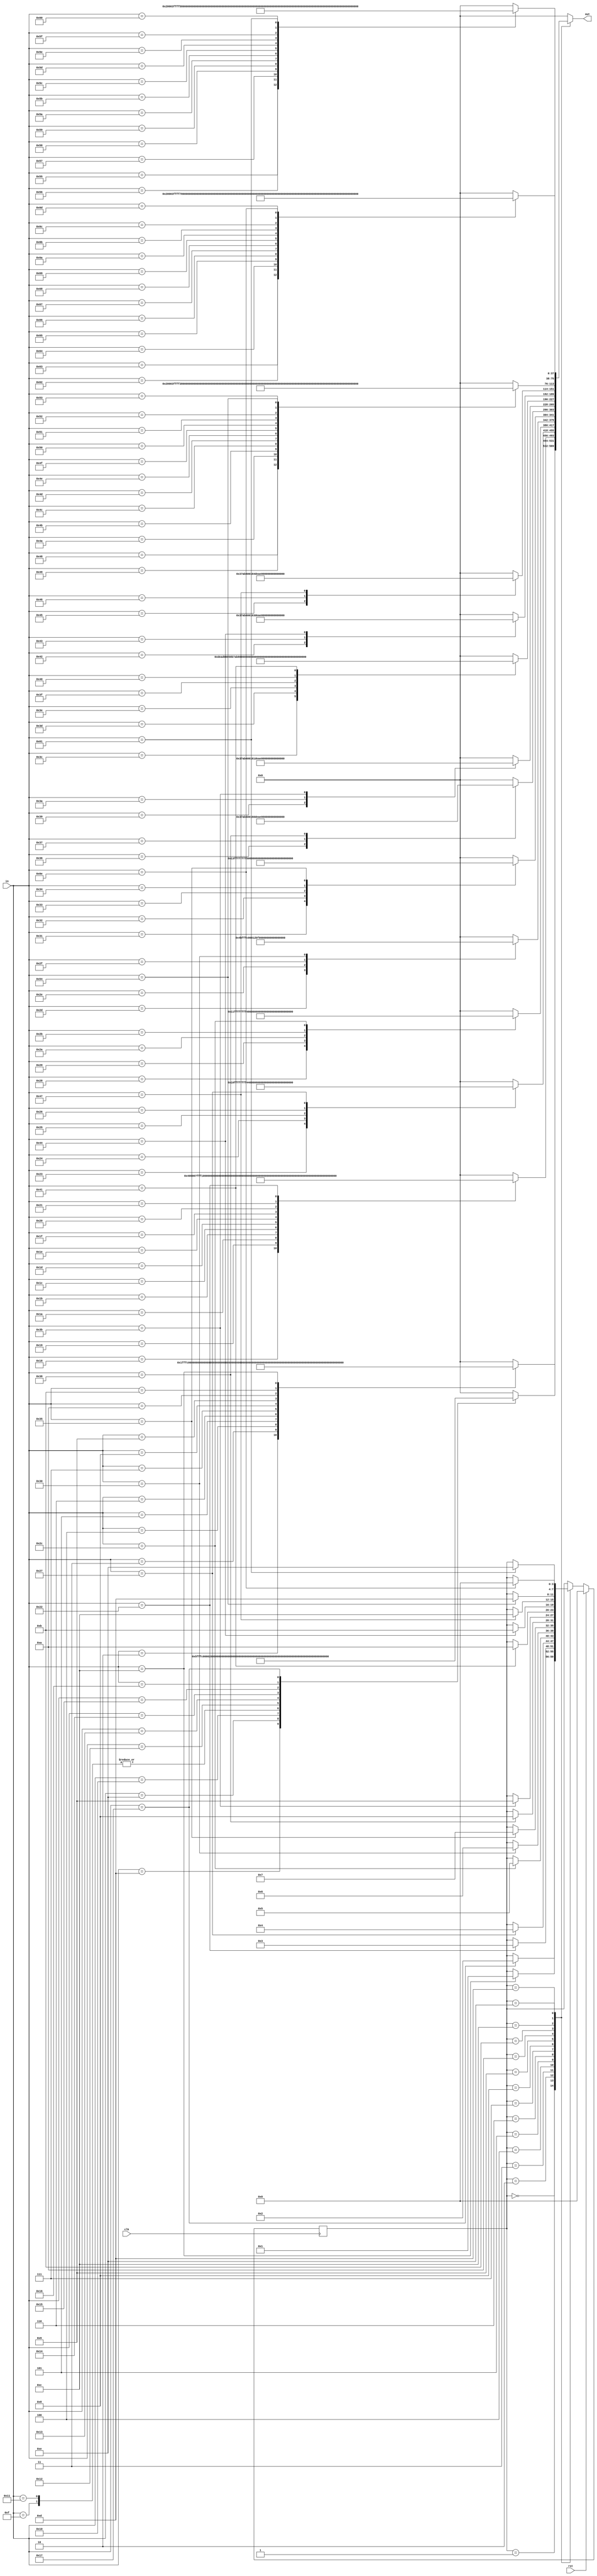
/*
   This file was generated automatically by Alchitry Labs version 1.2.7.
   Do not edit this file directly. Instead edit the original Lucid source.
   This is a temporary file and any changes made to it will be destroyed.
*/

/*
   Parameters:
     STATES = NUM_STATE_BITS
*/
module answer_fsm_6 (
    input clk,
    input rst,
    input [6:0] in,
    output reg [37:0] out
  );
  
  localparam STATES = 3'h7;
  
  
  localparam ADD_state = 4'd0;
  localparam SUB_state = 4'd1;
  localparam MULT_state = 4'd2;
  localparam XOR_state = 4'd3;
  localparam AND_state = 4'd4;
  localparam PASSTHROUGH_state = 4'd5;
  localparam OR_state = 4'd6;
  localparam SHL_state = 4'd7;
  localparam SHR_state = 4'd8;
  localparam SRA_state = 4'd9;
  localparam RTL_state = 4'd10;
  localparam RTR_state = 4'd11;
  localparam CMPEQ_state = 4'd12;
  localparam CMPLT_state = 4'd13;
  localparam CMPLE_state = 4'd14;
  
  reg [3:0] M_state_d, M_state_q = ADD_state;
  
  always @* begin
    M_state_d = M_state_q;
    
    
    case (M_state_q)
      ADD_state: begin
        
        case (in)
          1'h1: begin
            out = 38'h0000000000;
          end
          2'h2: begin
            out = 38'h1fffc00000;
          end
          2'h3: begin
            out = 38'h00001fffc0;
          end
          3'h4: begin
            out = 38'h3fffc00000;
          end
          3'h5: begin
            out = 38'h00003fffc0;
          end
          3'h6: begin
            out = 38'h048d0d1580;
          end
          3'h7: begin
            out = 38'h3e007e0800;
          end
          4'h8: begin
            out = 38'h3780002b40;
          end
          4'h9: begin
            out = 38'h003bef8000;
          end
          4'ha: begin
            out = 38'h3fffffffc0;
          end
          4'hb: begin
            out = 38'h1c001c0000;
          end
          4'hc: begin
            out = 38'h3fffc00040;
            M_state_d = SUB_state;
          end
          default: begin
            out = 38'h0000000000;
          end
        endcase
      end
      SUB_state: begin
        
        case (in)
          4'hd: begin
            out = 38'h0000000001;
          end
          4'he: begin
            out = 38'h1fffc00001;
          end
          4'hf: begin
            out = 38'h00001fffc1;
          end
          5'h10: begin
            out = 38'h3fffc00001;
          end
          5'h11: begin
            out = 38'h00001fffc1;
          end
          5'h12: begin
            out = 38'h1d95150c81;
          end
          5'h13: begin
            out = 38'h150c9d9501;
          end
          5'h14: begin
            out = 38'h3b72f72e81;
          end
          5'h15: begin
            out = 38'h372ebb72c1;
          end
          5'h16: begin
            out = 38'h1fffe00001;
          end
          5'h17: begin
            out = 38'h20001fffc1;
            M_state_d = MULT_state;
          end
          default: begin
            out = 38'h0000000000;
          end
        endcase
      end
      MULT_state: begin
        
        case (in)
          5'h18: begin
            out = 38'h0000000004;
          end
          5'h19: begin
            out = 38'h00001fffc4;
          end
          5'h1a: begin
            out = 38'h00003fffc4;
          end
          5'h1b: begin
            out = 38'h1fffc00004;
          end
          5'h1c: begin
            out = 38'h3fffc00004;
          end
          5'h1d: begin
            out = 38'h00014000c4;
          end
          5'h1e: begin
            out = 38'h00017fffc4;
          end
          5'h1f: begin
            out = 38'h3fff800104;
          end
          6'h20: begin
            out = 38'h3fffbfff44;
          end
          6'h21: begin
            out = 38'h1fffdc0004;
          end
          6'h22: begin
            out = 38'h200023ffc4;
            M_state_d = XOR_state;
          end
          default: begin
            out = 38'h0000000000;
          end
        endcase
      end
      XOR_state: begin
        
        case (in)
          6'h23: begin
            out = 38'h0000000010;
          end
          6'h24: begin
            out = 38'h3fffffffd0;
          end
          6'h25: begin
            out = 38'h3fffc00010;
          end
          6'h26: begin
            out = 38'h15556aaa90;
          end
          6'h27: begin
            out = 38'h3fffd55550;
            M_state_d = AND_state;
          end
          default: begin
            out = 38'h0000000000;
          end
        endcase
      end
      AND_state: begin
        
        case (in)
          6'h28: begin
            out = 38'h0000000011;
          end
          6'h29: begin
            out = 38'h3fffffffd1;
          end
          6'h2a: begin
            out = 38'h3fffc00011;
          end
          6'h2b: begin
            out = 38'h15556aaa91;
          end
          6'h2c: begin
            out = 38'h37ab403fd1;
            M_state_d = PASSTHROUGH_state;
          end
          default: begin
            out = 38'h0000000000;
          end
        endcase
      end
      PASSTHROUGH_state: begin
        
        case (in)
          6'h2d: begin
            out = 38'h0000000012;
          end
          6'h2e: begin
            out = 38'h3fffc00012;
          end
          6'h2f: begin
            out = 38'h2fbbc00012;
          end
          6'h30: begin
            out = 38'h048d2af352;
            M_state_d = OR_state;
          end
          default: begin
            out = 38'h0000000000;
          end
        endcase
      end
      OR_state: begin
        
        case (in)
          6'h31: begin
            out = 38'h0000000013;
          end
          6'h32: begin
            out = 38'h3fffffffd3;
          end
          6'h33: begin
            out = 38'h3fffc00013;
          end
          6'h34: begin
            out = 38'h15556aaa93;
          end
          6'h35: begin
            out = 38'h3780002b53;
            M_state_d = SHL_state;
          end
          default: begin
            out = 38'h0000000000;
          end
        endcase
      end
      SHL_state: begin
        
        case (in)
          6'h36: begin
            out = 38'h37ab400160;
          end
          6'h37: begin
            out = 38'h37ab400220;
          end
          6'h38: begin
            out = 38'h37ab4003e0;
            M_state_d = SHR_state;
          end
          default: begin
            out = 38'h0000000000;
          end
        endcase
      end
      SHR_state: begin
        
        case (in)
          6'h39: begin
            out = 38'h37ab400161;
          end
          6'h3a: begin
            out = 38'h37ab400221;
          end
          6'h3b: begin
            out = 38'h37ab4003e1;
            M_state_d = SRA_state;
          end
          default: begin
            out = 38'h0000000000;
          end
        endcase
      end
      SRA_state: begin
        
        case (in)
          6'h3c: begin
            out = 38'h37ab400162;
          end
          6'h3d: begin
            out = 38'h37ab400222;
          end
          6'h3e: begin
            out = 38'h37ab4003e2;
          end
          6'h3f: begin
            out = 38'h1f2ac00162;
          end
          7'h40: begin
            out = 38'h1f2ac00222;
          end
          7'h41: begin
            out = 38'h1f2ac003e2;
            M_state_d = RTL_state;
          end
          default: begin
            out = 38'h0000000000;
          end
        endcase
      end
      RTL_state: begin
        
        case (in)
          7'h42: begin
            out = 38'h37ab400163;
          end
          7'h43: begin
            out = 38'h37ab400223;
          end
          7'h44: begin
            out = 38'h37ab4003e3;
            M_state_d = RTR_state;
          end
          default: begin
            out = 38'h0000000000;
          end
        endcase
      end
      RTR_state: begin
        
        case (in)
          7'h45: begin
            out = 38'h37ab400164;
          end
          7'h46: begin
            out = 38'h37ab400224;
          end
          7'h47: begin
            out = 38'h37ab4003e4;
            M_state_d = CMPEQ_state;
          end
          default: begin
            out = 38'h0000000000;
          end
        endcase
      end
      CMPEQ_state: begin
        
        case (in)
          7'h48: begin
            out = 38'h20003ffff3;
          end
          7'h49: begin
            out = 38'h2000000033;
          end
          7'h4a: begin
            out = 38'h20001ffff3;
          end
          7'h4b: begin
            out = 38'h00001ffff3;
          end
          7'h4c: begin
            out = 38'h00005ffff3;
          end
          7'h4d: begin
            out = 38'h2000200033;
          end
          7'h4e: begin
            out = 38'h0000000033;
          end
          7'h4f: begin
            out = 38'h1fffdffff3;
          end
          7'h50: begin
            out = 38'h3fffe00033;
          end
          7'h51: begin
            out = 38'h0000200033;
          end
          7'h52: begin
            out = 38'h1fffe00033;
          end
          7'h53: begin
            out = 38'h1fffc00033;
          end
          7'h54: begin
            out = 38'h1fffc00073;
            M_state_d = CMPLT_state;
          end
          default: begin
            out = 38'h0000000000;
          end
        endcase
      end
      CMPLT_state: begin
        
        case (in)
          7'h55: begin
            out = 38'h20003ffff5;
          end
          7'h56: begin
            out = 38'h2000000035;
          end
          7'h57: begin
            out = 38'h20001ffff5;
          end
          7'h58: begin
            out = 38'h00001ffff5;
          end
          7'h59: begin
            out = 38'h00005ffff5;
          end
          7'h5a: begin
            out = 38'h2000200035;
          end
          7'h5b: begin
            out = 38'h0000000035;
          end
          7'h5c: begin
            out = 38'h1fffdffff5;
          end
          7'h5d: begin
            out = 38'h3fffe00035;
          end
          7'h5e: begin
            out = 38'h0000200035;
          end
          7'h5f: begin
            out = 38'h1fffe00035;
          end
          7'h60: begin
            out = 38'h1fffc00035;
          end
          7'h61: begin
            out = 38'h1fffc00075;
            M_state_d = CMPLE_state;
          end
          default: begin
            out = 38'h0000000000;
          end
        endcase
      end
      CMPLE_state: begin
        
        case (in)
          7'h62: begin
            out = 38'h20003ffff7;
          end
          7'h63: begin
            out = 38'h2000000037;
          end
          7'h64: begin
            out = 38'h20001ffff7;
          end
          7'h65: begin
            out = 38'h00001ffff7;
          end
          7'h66: begin
            out = 38'h00005ffff7;
          end
          7'h67: begin
            out = 38'h2000200037;
          end
          7'h68: begin
            out = 38'h0000000037;
          end
          7'h69: begin
            out = 38'h1fffdffff7;
          end
          7'h6a: begin
            out = 38'h3fffe00037;
          end
          7'h6b: begin
            out = 38'h0000200037;
          end
          7'h6c: begin
            out = 38'h1fffe00037;
          end
          7'h6d: begin
            out = 38'h1fffc00037;
          end
          7'h6e: begin
            out = 38'h1fffc00077;
            M_state_d = ADD_state;
          end
          default: begin
            out = 38'h0000000000;
          end
        endcase
      end
      default: begin
        out = 38'h0000000000;
      end
    endcase
  end
  
  always @(posedge clk) begin
    if (rst == 1'b1) begin
      M_state_q <= 1'h0;
    end else begin
      M_state_q <= M_state_d;
    end
  end
  
endmodule